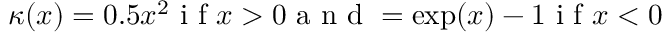
\kappa ( x ) = 0 . 5 x ^ { 2 } \mathrm { ~ i ~ f ~ } x > 0 \mathrm { ~ a ~ n ~ d ~ } = \exp ( x ) - 1 \mathrm { ~ i ~ f ~ } x < 0